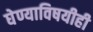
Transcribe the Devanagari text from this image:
घेण्याविषयीही